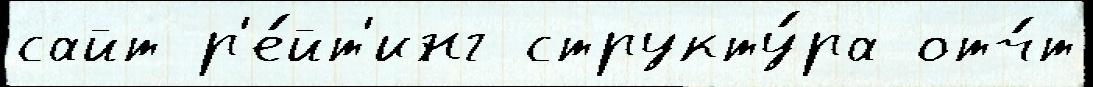
сайт р'е́йт'инг структу́ра отч́т